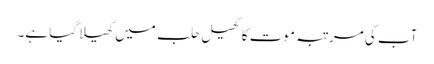
آب کی مرتبہ موت کا کھیل حلب میں کھیلا گیا ہے۔